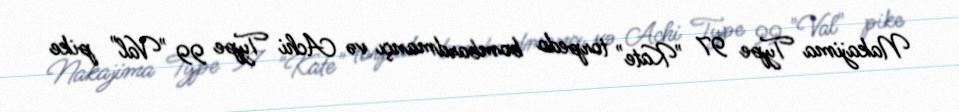
Nakajima Type 97 "Kate" torpedo bombardmançı və Achi Type 99 "Val" pike